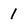
Character: 1